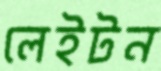
লেইটন